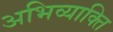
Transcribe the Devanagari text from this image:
अभिव्याक्ति